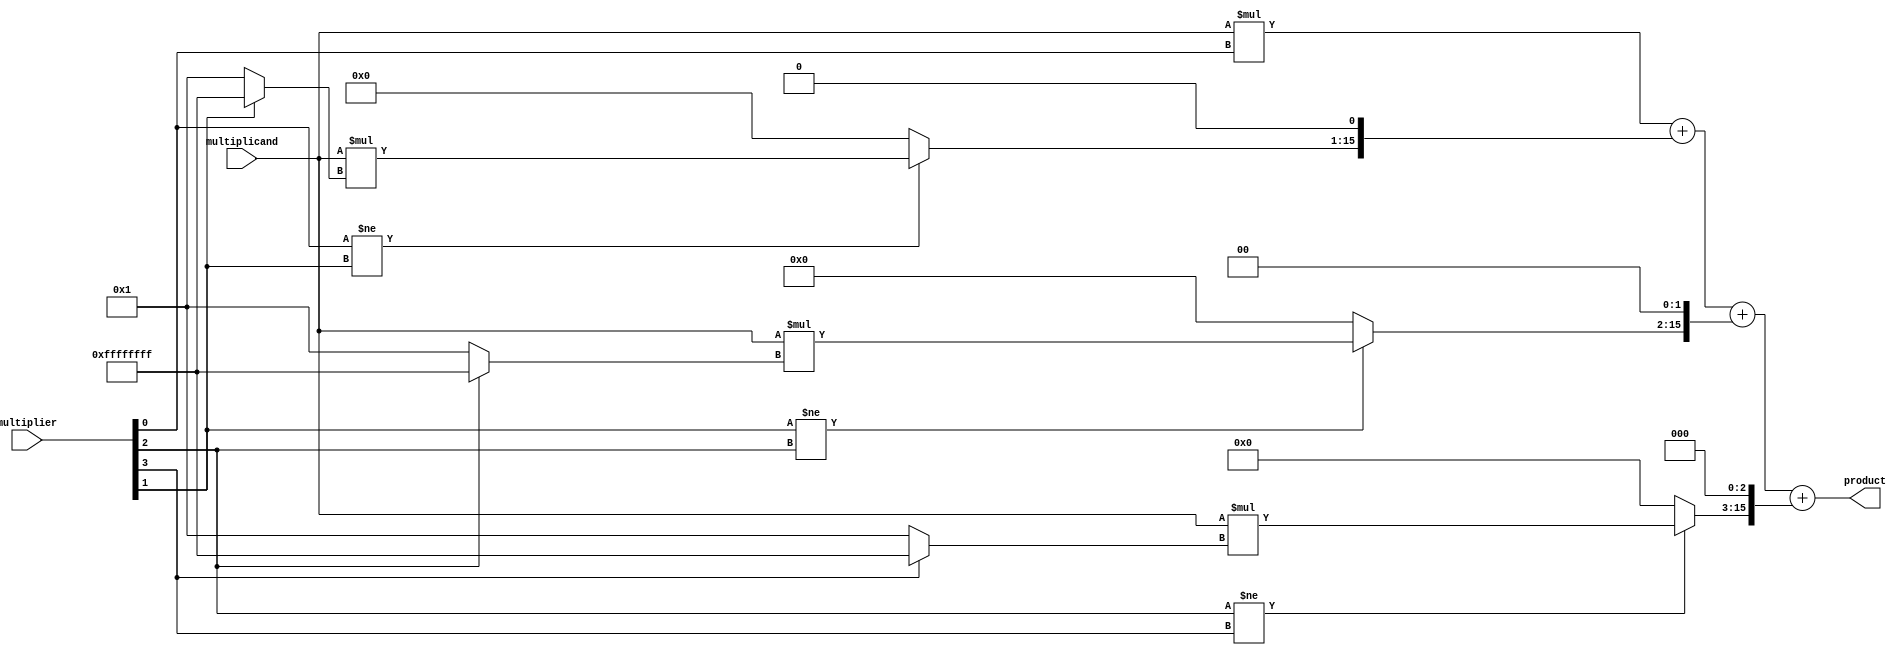
module booth_multiplier(input [7:0] multiplicand, multiplier,
                        output reg [15:0] product);

  reg [15:0] partial_products[3:0];
  reg [7:0] a, b;
  reg [3:0] count;

  always @(*) begin
    a = multiplicand;
    b = {multiplier[7], multiplier}; // Sign extension for Booth encoding
    partial_products[0] = a * b[0];
    
    for(count = 1; count < 4; count = count + 1) begin
      if(b[count-1] != b[count]) 
        partial_products[count] = a * ((b[count] == 1) ? -1 : 1);
      else
        partial_products[count] = 0;
    end
    
    product = partial_products[0];
    for(count = 1; count < 4; count = count + 1)
      product = product + (partial_products[count] << count);
  end

endmodule